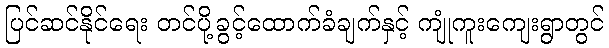
ပြင်ဆင်နိုင်ရေး တင်ပို့ခွင့်ထောက်ခံချက်နှင့် ကျုံကူးကျေးရွာတွင်